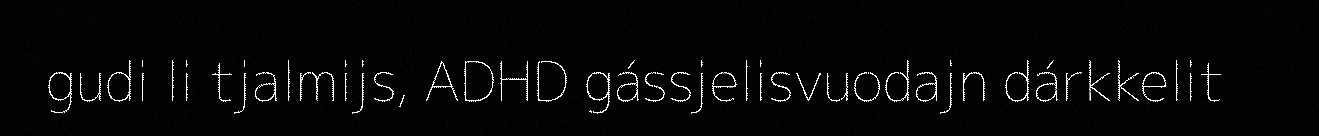
gudi li tjalmijs, ADHD gássjelisvuodajn dárkkelit